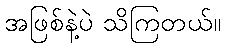
အဖြစ်နဲ့ပဲ သိကြတယ်။